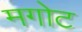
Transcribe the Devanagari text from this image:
मगोट